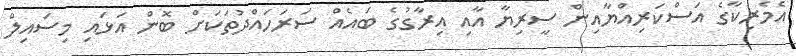
އެމެރިކާގެ އަސްކަރިއްޔާއިން ސީރިޔާ އާއި އިރާގުގެ ބައެއް ސަރަހައްދުތަކަށް ބޮން އަޅައި މިސައިލް